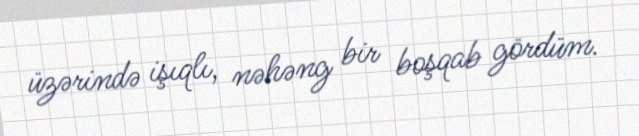
üzərində işıqlı, nəhəng bir boşqab gördüm.